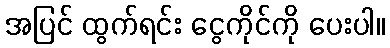
အပြင် ထွက်ရင်း ငွေကိုင်ကို ပေးပါ။